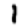
Digit: 1